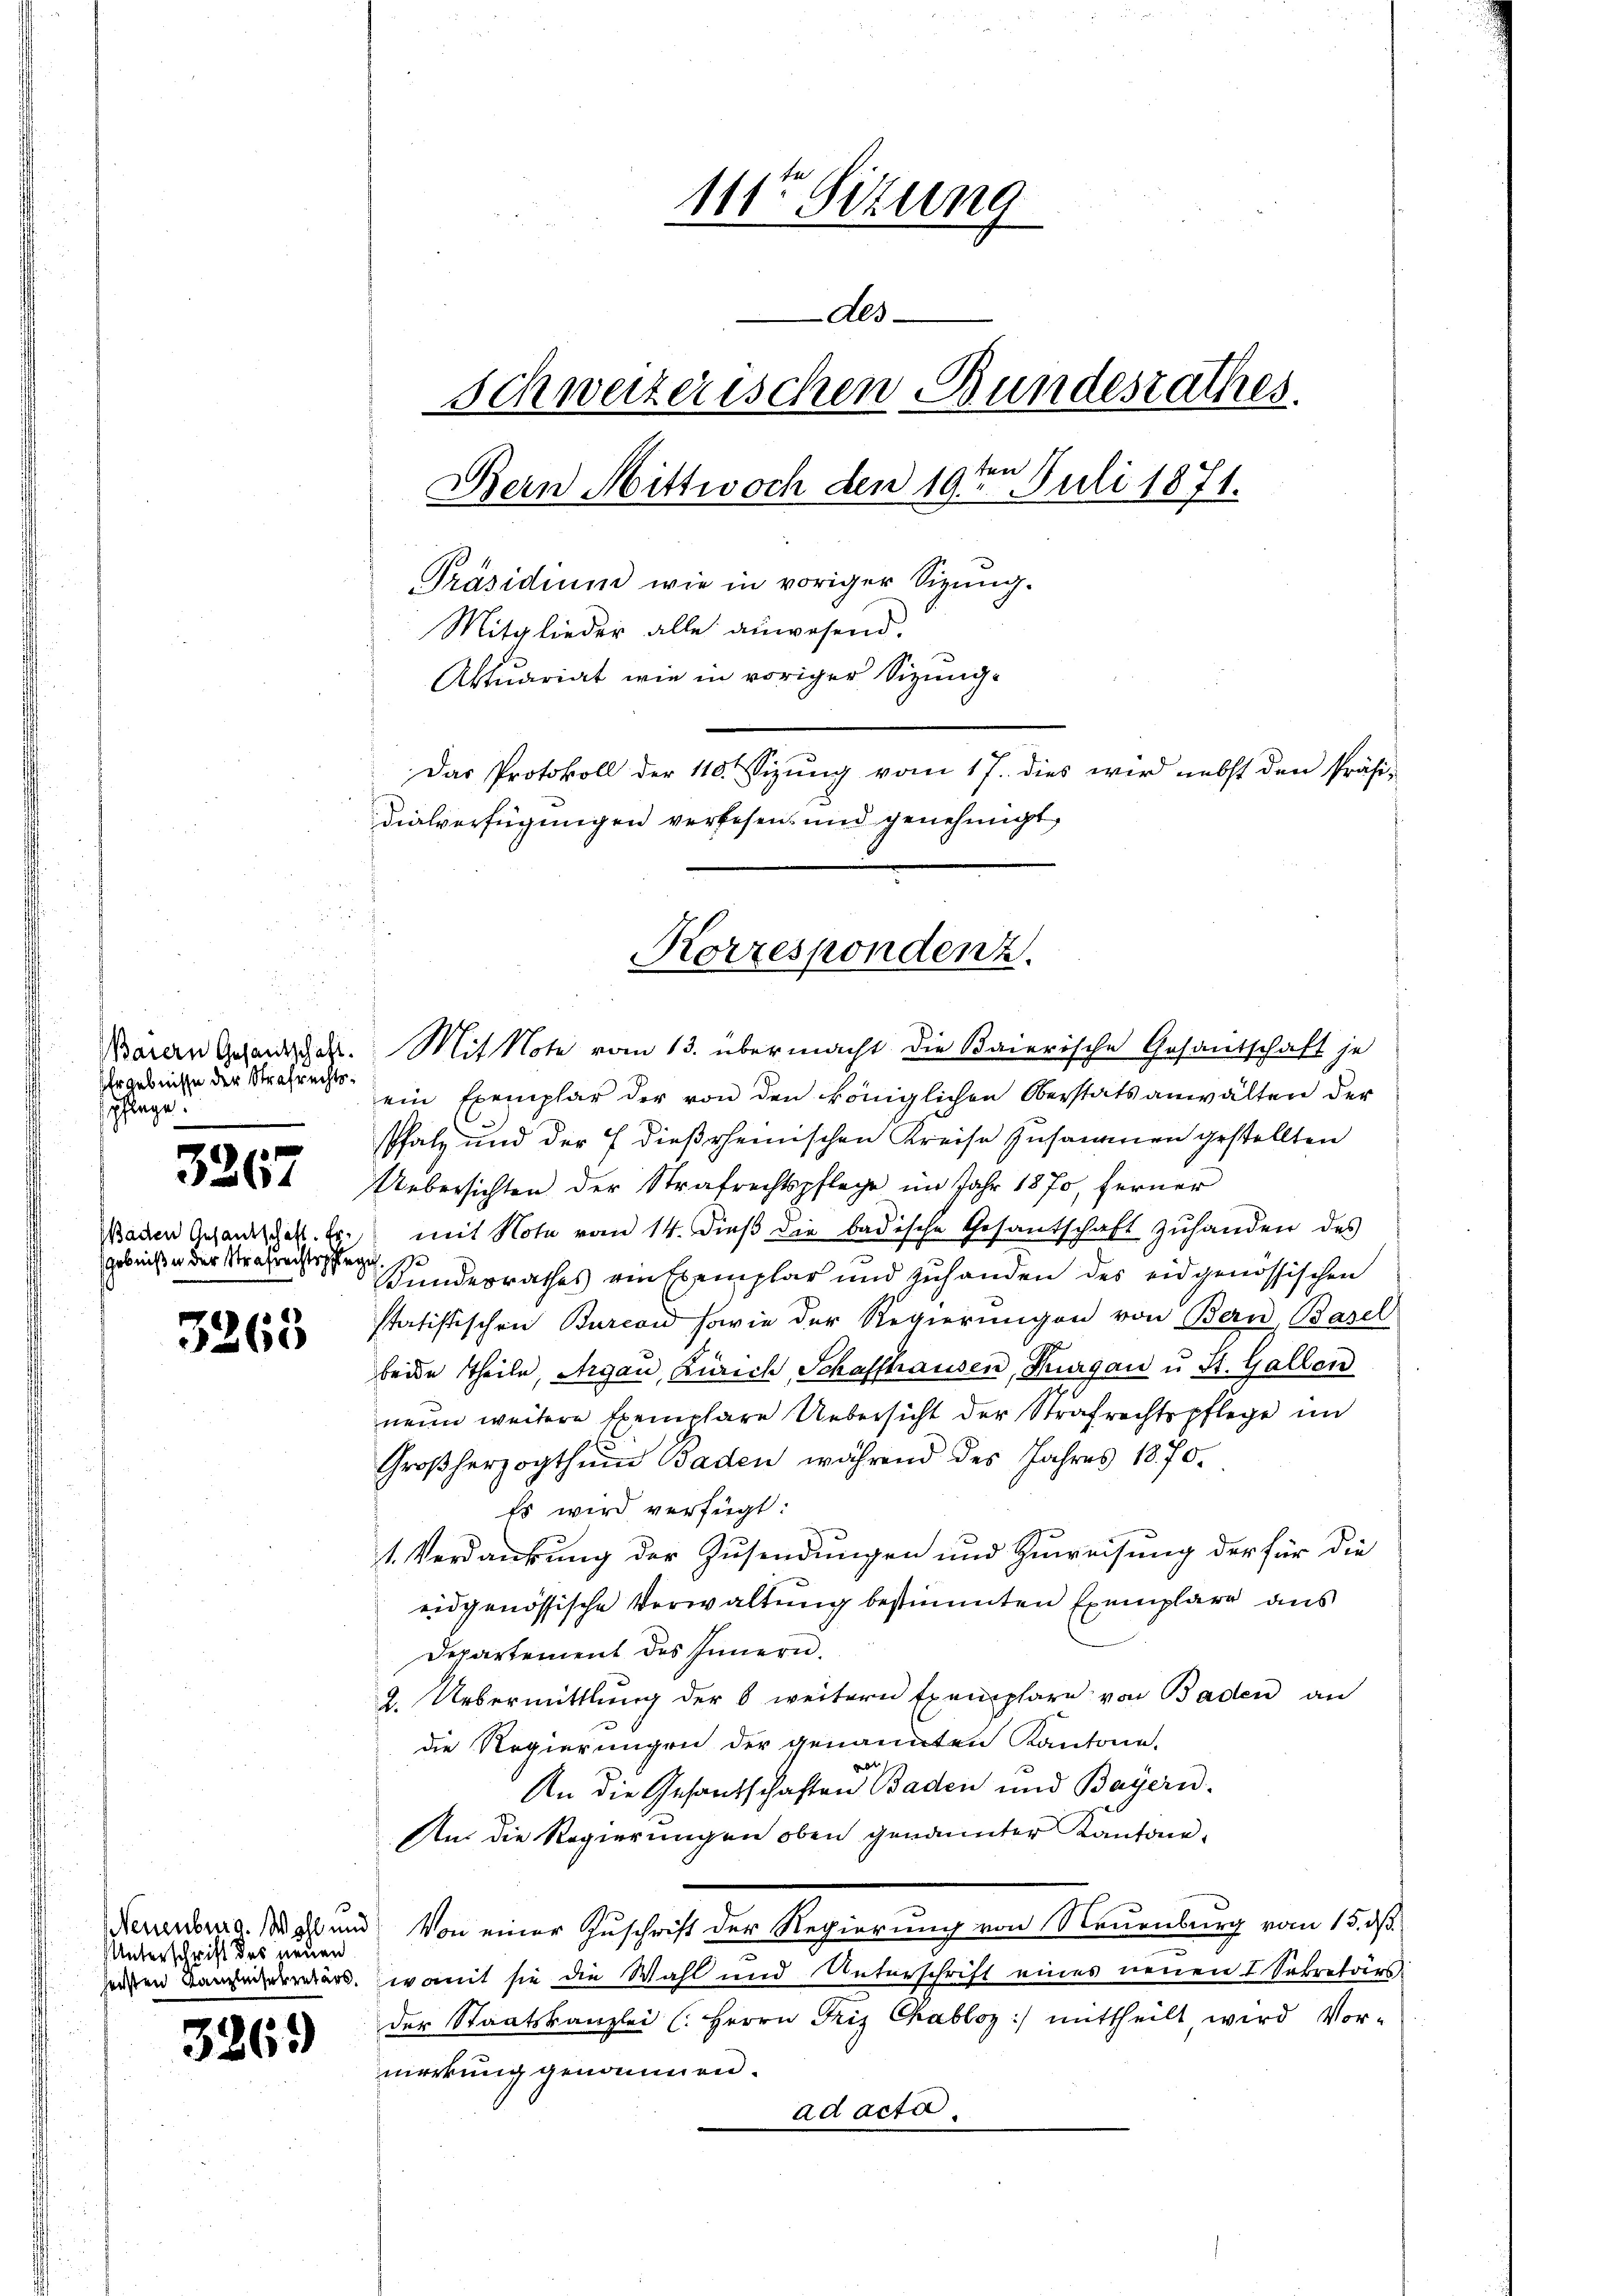
Ergebnisse der Strafrechtsspflege.

3267

gebniße der Strafrechtspflege

3265

Unterschrift der neuen

326)

111te Sitzung

Aes
Schweizerischen Bundesrathes.
d
Bern Mittwoch den 19ten Juli 1871.
Präsidium wie in voriger Sizung.
Mitglieder alle anwesend.
Aktuariat wie in voriger Sizung¬
Das Protokoll der 110. Sizung vom 17. dies wir nebst den Präsi-
dialverfügungen verlesen, und genehmigt,

ein Exemplar der von den königlichen Oberstatsanwalten der
Pfalz und der 7 dießrheinischen Kreise zusammen gestellten
Uebersichten der Strafrechtspflege im Jahr 1870, ferner
Wachen Gesandschakt. Er mit Note vom 14. dieβ die badische Gesantschaft zŭhanden des
Kundesrathes rentsemplar und zuhanden des eidgenössischen
statistischen Burcan sowie der Regierungen von Bern, Basel
beide Theile, Argau, Zürich Schaffhausen, Thurgau u. St. Gallen
neun weitere Exemplare Uebersicht der Strafrechtspflege im
Großherzogthum Baden während des Jahres 1870.
Es wird verfügt:
1. Verdankung der Zusendungen und Zuweisung der für die
eidgenössische Verwaltung bestimmten Exemplare aus
Departement des Innern.
2. Uebermittlung der 8 weitern Exemplare von Baden an
die Regierungen der genannten Kantone.
An die Gesandschaften Baden und Bayern.
An die Regierungen oben genannter Kantone,
Neuenburg. Wahl und Von einer Zuschrift der Regierung von Neuenburg vom 15. ds.
eigen Kamerers. Heromit sie die Wahl und Unterschrift eines neuen I. Sekretours
der Staatskanzlei (: Herrn Friz Chabloz :/ mittheilt wird Vor-
merkung genommen.
ad acta.

Korrespondenz.
Waren Gesandten. Mit Note vom 13. übermacht die Baierische Gesandschaft je